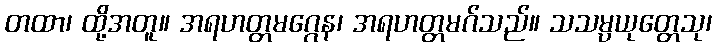
တထာ၊ ထို့အတူ။ အရဟတ္တမဂ္ဂေန၊ အရဟတ္တမဂ်သည်။ သသမ္ပယုတ္တေသု၊